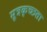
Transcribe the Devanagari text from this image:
मूत्रकृच्छता